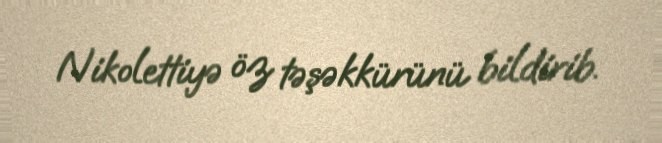
Nikolettiyə öz təşəkkürünü bildirib.